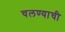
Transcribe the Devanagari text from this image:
चलण्याची